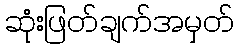
ဆုံးဖြတ်ချက်အမှတ်